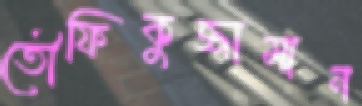
তৌফিকুজ্জামান